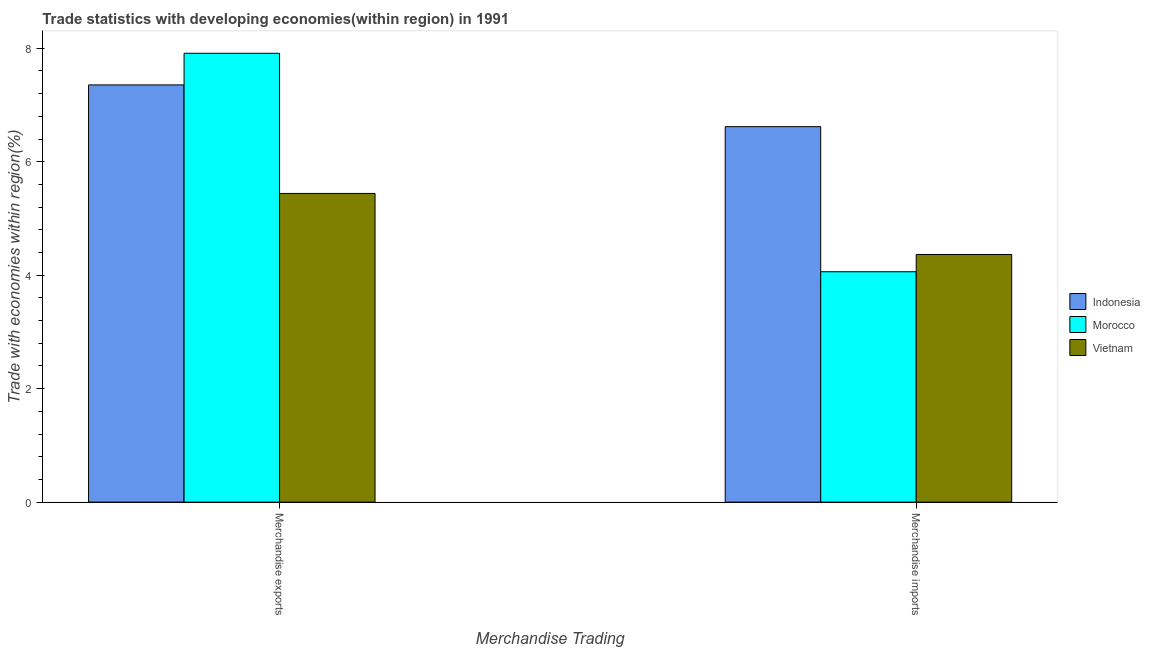
| Merchandise Trading | Indonesia | Morocco | Vietnam |
 | --- | --- | --- | --- |
 | Merchandise exports | 7.35 | 7.91 | 5.44 |
 | Merchandise imports | 6.62 | 4.06 | 4.37 |